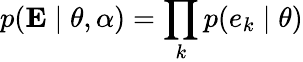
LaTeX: p(\mathbf{E}\mid\mathbf{\theta},\mathbf{\alpha})=\prod_{k}p(e_{k}\mid\mathbf{\theta})